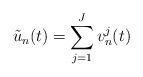
LaTeX: \begin{align*} \tilde{u}_n(t)=\sum_{j=1}^{J}v_n^j(t)\end{align*}